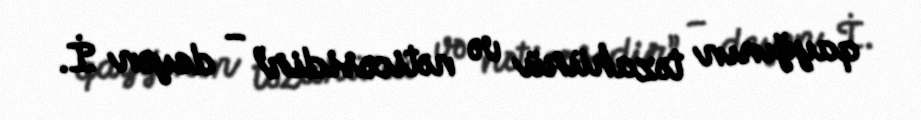
qayğının təzahürü və nəticəsidir” – deyən İ.